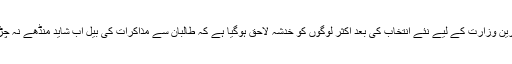
اس اہم ترین وزارت کے لیے نئے انتخاب کی بعد اکثر لوگوں کو خدشہ لاحق ہوگیا ہے کہ طالبان سے مذاکرات کی بیل اب شاید منڈھے نہ چڑھ پائے۔